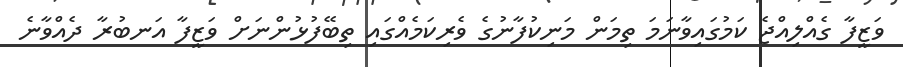
ވަޒީފާ ގެއްލިއްޖެ ކަމުގައިވާނަމަ ތިމަން މަނިކުފާނުގެ ވެރިކަމެއްގައި ތިބޭފުޅުންނަށް ވަޒީފާ އަނބުރާ ދެއްވާނެ